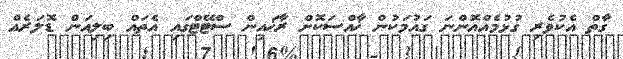
ގާތް އެކުވެރި ގުޅުމެއްއޮންނަ ގައުމަކުން ޚާއްސަކޮށް ރާޚައިން ސްޓޭޓްގައި އެތައް ބިލިއަން ޑޮލަރެއް